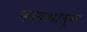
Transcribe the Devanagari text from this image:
कलशातून